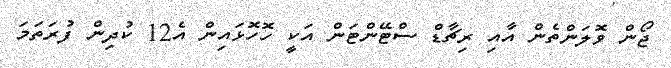
ޖޯން ވޮލަންތެން އާއި ރިޗާޑް ސްޓޭންޓަން އަކީ ހޮހޮޅައިން އެ12 ކުދިން ފުރަތަމަ